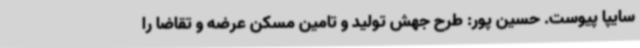
سایپا پیوست. حسین پور: طرح جهش تولید و تامین مسکن عرضه و تقاضا را